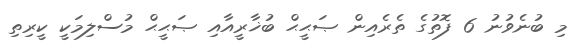
މި ބުނެވުނު 6 ފޮތުގެ ތެރެއިން ޞަޙީޙް ބުޚާރީއާއި ޞަޙީޙް މުސްލިމަކީ ކީރިތި